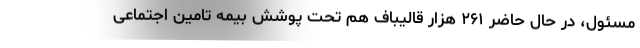
مسئول، در حال حاضر ۲۶۱ هزار قالیباف هم تحت پوشش بیمه تامین اجتماعی